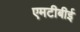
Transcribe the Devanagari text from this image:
एमटीबीई